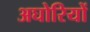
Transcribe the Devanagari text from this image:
अघोरियों